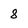
Character: 8